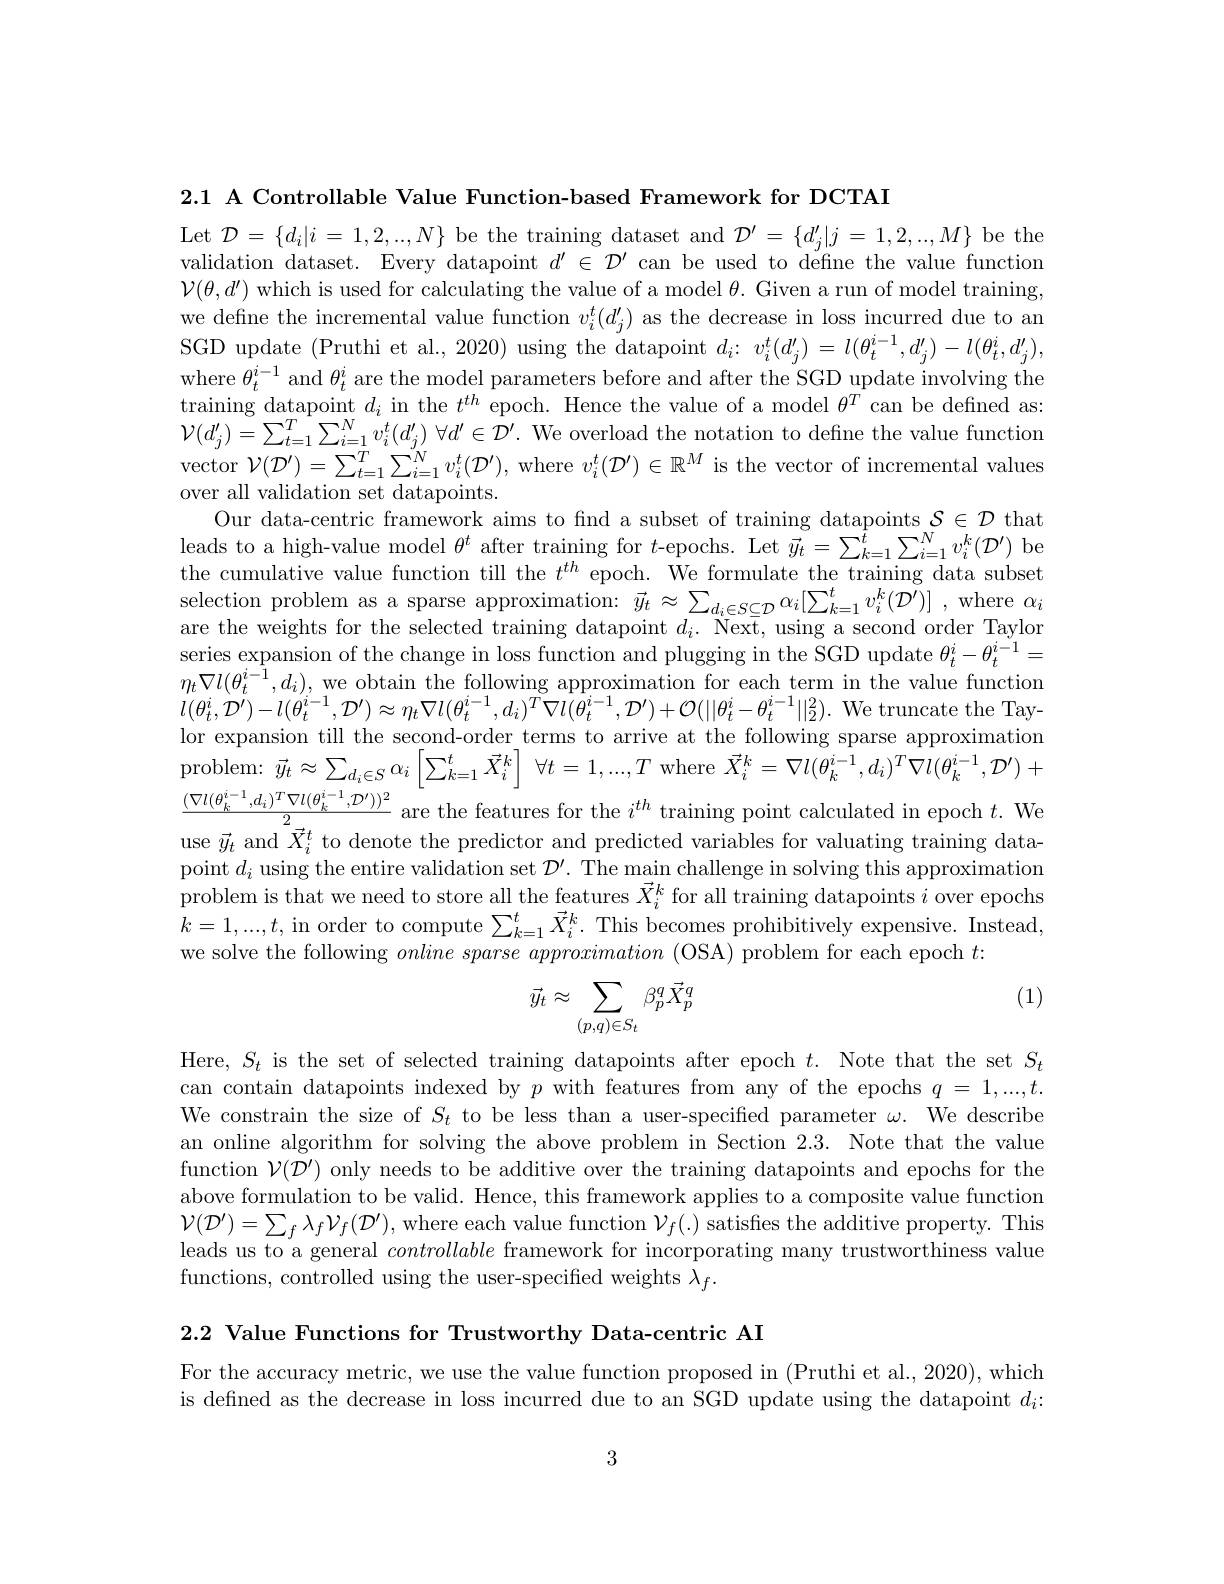
2.1 A Controllable Value Function-based Framework for DCTAI

Let $\mathcal{D}=\{d_{i}|i=1,2,..,N\}$ be the training dataset and $\mathcal{D}^{\prime}=\{d_{j}^{\prime}|j=1,2,..,M\}$ be the validation dataset. Every datapoint $d^\prime\in\mathcal{D}^\prime$ can be used to défine the value function $\mathcal{V}(\theta,d^{\prime})$ which is used for calculating the value of a model $\theta.$ Given a run of model training we define the incremental value function $v_i^t(d_j^{\prime})$ as the decrease in loss incurred due to an SGD update (Pruthi et al., 2020) using the datapoint $d_i{:}v_{i}^{t}(d_{j}^{\prime})=l(\theta_{t}^{i-1},d_{j}^{\prime})-l(\theta_{t}^{i},d_{j}^{\prime})$, where $\theta_t^{i-1}$ and $\theta_t^i$ are the model parameters before and after the SGD update involving the training datapoint $d_i$ in the $t^th$ epoch. Hence the value of a model $\theta^T$ can be defined as: $\mathcal{V} ( d_{j}^{\prime }) = \sum _{t= 1}^{T}\sum _{i= 1}^{N}v_{i}^{t}( d_{j}^{\prime })$ $\forall d^{\prime }\in \mathcal{D} ^{\prime }.$ We overload the notation to define the value function vector $\mathcal{V}(\mathcal{D}^{\prime})=\sum_{t=1}^{T}\sum_{i=1}^{N}v_{i}^{t}(\mathcal{D}^{\prime})$,where $v_i^{t}(\mathcal{D}^{\prime})\in\mathbb{R}^{M}$ is the vector of incremental values over all validation set datapoints.
Our data-centric framework aims to find a subset of training datapoints $\mathcal{S}\in\mathcal{D}$ that leads to a high-value model $\theta^t$ after training for $t$-epochs. Let $\vec{y}_t=\sum_{k=1}^{\hat{t}}\sum_{i=1}^{N}v_{i}^{k}(\mathcal{D}^{\prime})$ be the cumulative value function till the $t^{th}$ epoch. We formulate the training data subset selection problem as a sparse approximation: $\vec{y}_t\approx\sum_{d_i\in S\subseteq\mathcal{D}}\alpha_i[\sum_{k=1}^tv_i^k(\mathcal{D}^{\prime})]$ , where $\alpha_i$ are the weights for the selected training datapoint $d_i.$ Next, using a second order Taylor series expansion of the change in loss function and plugging in the SGD update $\theta_t^i-\theta_t^{i-1}=$ $\eta_{t}\nabla l(\theta_{t}^{i-\tilde{1}},d_{i})$, we obtain the following approximation for each term in the value function $l(\theta_{t}^{i},\mathcal{D}^{\prime})-l(\theta_{t}^{i-1},\mathcal{D}^{\prime})\approx\eta_{t}\nabla l(\theta_{t}^{i-1},d_{i})^{T}\nabla l(\hat{\theta}_{t}^{i-1},\mathcal{D}^{\prime})+\mathcal{O}(||\theta_{t}^{i}-\theta_{t}^{i-1}||_{2}^{2}).$ We truncate the Taylor expansion till the second-order terms to arrive at the following sparse approximation ${\mathrm{oroblem: }}$ $\vec{y_{t}} \approx \sum _{d_{i}\in S}\alpha _{i}\left [ \sum _{k= 1}^{t}\vec{X} _{i}^{k}\right ]$ $\forall t= 1, . . . , T$ ${\mathrm{where}}$ $\vec{X} _{i}^{k}= \nabla l( \theta _{k}^{i- 1}, d_{i}) ^{T}\nabla l( \theta _{k}^{i- 1}, \mathcal{D} ^{\prime }) +$ $\frac{(\nabla l(\theta_k^{i-1},d_i)^T\nabla l(\theta_k^{i-1},\mathcal{D}^{\prime}))^2}{\vec{\nabla}^tt}$are the features for the $i^th$ training point calculated in epoch $t.$ We use $\vec{y}_t$ and $\vec{X}_i^t$ to denote the predictor and predicted variables for valuating training datapoint $d_i$ using the entire validation set $\mathcal{D} ^\prime .$ The main challenge in solving this approximation problem is that we need to store all the features $\vec{X}_i^k$ for all training datapoints $i$ over epochs $k=1,...,t$,in order to compute $\sum_k=1^t\vec{X}_i^k.$ This becomes prohibitively expensive. Instead, we solve the following $online\textit{ sparse approximation ( OSA) problem for each epoch }t:$
(1)
$$\vec{y}_t\approx\sum_{(p,q)\in S_t}\beta_p^q\vec{X}_p^q$$
Here, $S_t$ is the set of selected training datapoints after epoch $t.$ Note that the set $S_t$ can contain datapoints indexed by $p$ with features from any of the epochs $q=1,...,t.$ We constrain the size of $S_t$ to be less than a user-specified parameter $\omega.$ We describe an online algorithm for solving the above problem in Section 2.3. Note that the value function $\mathcal{V}(\mathcal{D}^{\prime})$ only needs to be additive over the training datapoints and epochs for the above formulation to be valid. Hence, this framework applies to a composite value function $\mathcal{V} ( \mathcal{D} ^{\prime }) = \sum _{f}\lambda _{f}\mathcal{V} _{f}( \mathcal{D} ^{\prime }) $, where each value function $\mathcal{V} _{f}( . )$ satisfies the additive property. This leads us to a general controllable framework for incorporating many trustworthiness value functions, controlled using the user-specified weights $\lambda_f.$

2.2 Value Functions for Trustworthy Data-centric AI

For the accuracy metric, we use the value function proposed in (Pruthi et al., 2020), which is defined as the decrease in loss incurred due to an SGD update using the datapoint $d_i$

3